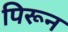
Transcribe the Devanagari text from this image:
पिरून